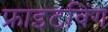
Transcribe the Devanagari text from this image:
फ्राइटविंग